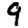
Digit: 9